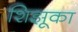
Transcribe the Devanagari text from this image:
शिझूका